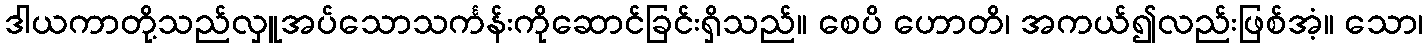
ဒါယကာတို့သည်လှူအပ်သောသင်္ကန်းကိုဆောင်ခြင်းရှိသည်။ စေပိ ဟောတိ၊ အကယ်၍လည်းဖြစ်အံ့။ သော၊